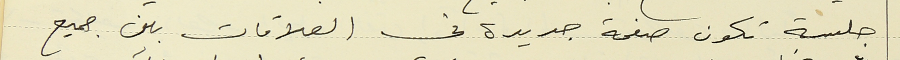
جلسة تكون صفحة جديدة في العلاقات بين جميع